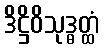
ဒိဋ္ဌိဝိသုဒ္ဓတ္ထံ